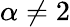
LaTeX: \alpha\neq 2